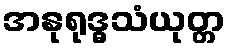
အနုရုဒ္ဓသံယုတ္တ